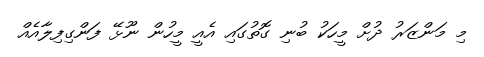
މި މަންޒަރު ދުށް މީހަކު ބުނި ގޮތުގައި އެއީ މީހުން ނޫޅޭ ފަންގިފިލާއެއް